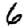
Digit: 6